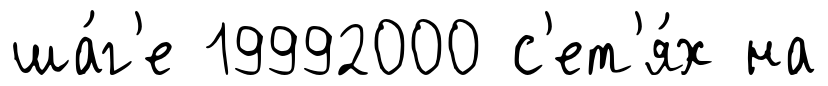
ша́г'е 19992000 с'ет'я́х на